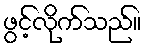
ဖွင့်လိုက်သည်။